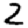
Digit: 2